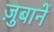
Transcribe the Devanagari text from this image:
ज़ुबानें